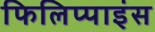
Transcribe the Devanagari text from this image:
फिलिप्पाइंस